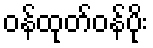
ဝန်ထုတ်ဝန်ပိုး